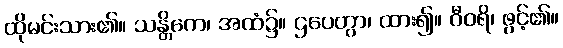
ထိုမင်းသား၏။ သန္တိကေ၊ အထံ၌။ ဌပေတွာ၊ ထား၍။ ဝီဝရိ၊ ဖွင့်၏။